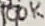
Text: 100K